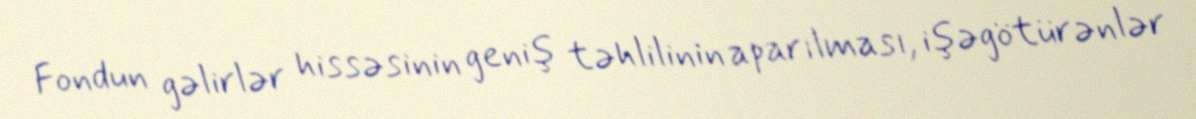
Fondun gəlirlər hissəsinin geniş təhlilinin aparılması, işəgötürənlər